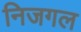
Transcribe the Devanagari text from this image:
निजगल